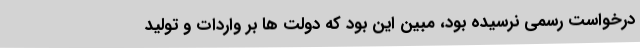
درخواست رسمی نرسیده بود، مبین این بود که دولت‌ ها بر واردات و تولید